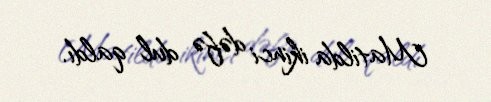
Matilda ikinci dəfə dul qaldı.